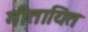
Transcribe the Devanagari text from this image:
गीतायित